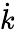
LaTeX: \dot{k}